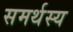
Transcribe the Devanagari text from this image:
समर्थस्य